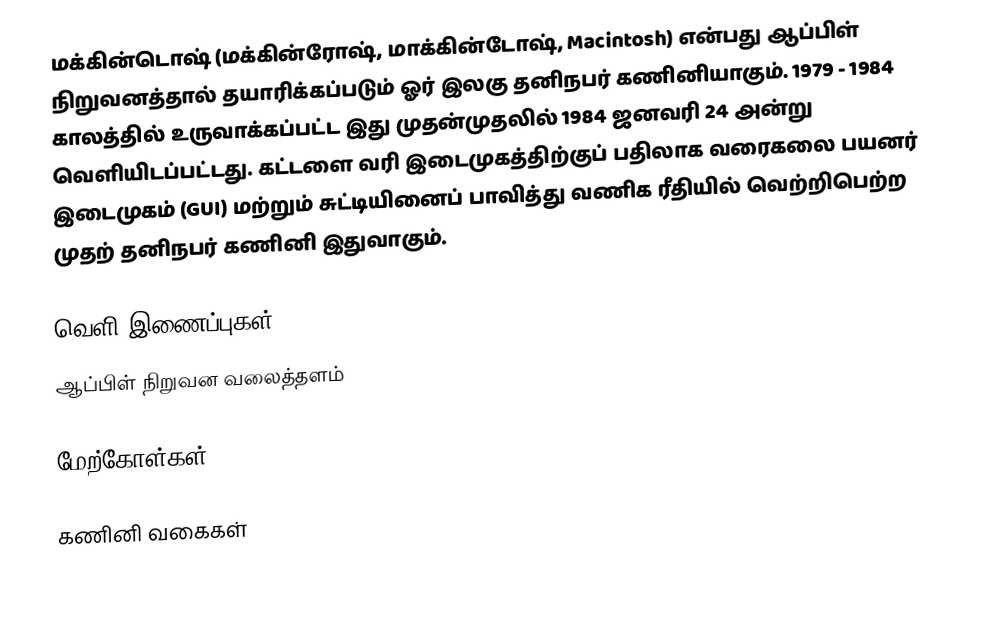
மக்கின்டொஷ் (மக்கின்ரோஷ், மாக்கின்டோஷ், Macintosh) என்பது ஆப்பிள் நிறுவனத்தால் தயாரிக்கப்படும் ஓர் இலகு தனிநபர் கணினியாகும். 1979 - 1984 காலத்தில் உருவாக்கப்பட்ட இது முதன்முதலில் 1984 ஜனவரி 24 அன்று வெளியிடப்பட்டது. கட்டளை வரி இடைமுகத்திற்குப் பதிலாக வரைகலை பயனர் இடைமுகம் (GUI) மற்றும் சுட்டியினைப் பாவித்து வணிக ரீதியில் வெற்றிபெற்ற முதற் தனிநபர் கணினி இதுவாகும்.

வெளி இணைப்புகள்
 ஆப்பிள் நிறுவன வலைத்தளம்

மேற்கோள்கள்

கணினி வகைகள்